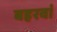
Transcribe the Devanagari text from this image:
बहरवां